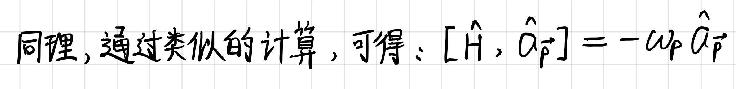
同理,通过类似的计算,可得: $[\hat{H}, \hat{a}_{\vec{p}}]=-\omega_{\vec{p}} \hat{a}_{\vec{p}}$